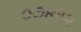
૦૭૪૧૨